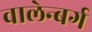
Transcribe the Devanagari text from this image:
वालेन्बर्ग